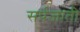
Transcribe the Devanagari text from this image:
सर्पजाती